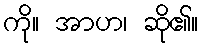
ကို။ အာဟ၊ ဆို၏။